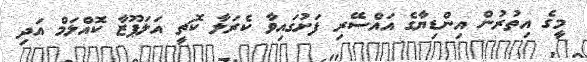
މީގެ އިތުރުން އިންޑިޔާގެ އައްސޭރި ފަށުގައިވާ ކެރަލާ ކޮޗީ އަލަޕޫޒާ ކޮއްލަމް އަދި